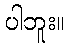
ပါဘူး။